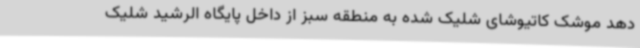
دهد موشک کاتیوشای شلیک شده به منطقه سبز از داخل پایگاه الرشید شلیک